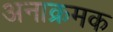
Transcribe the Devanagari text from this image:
अनाक्रमक